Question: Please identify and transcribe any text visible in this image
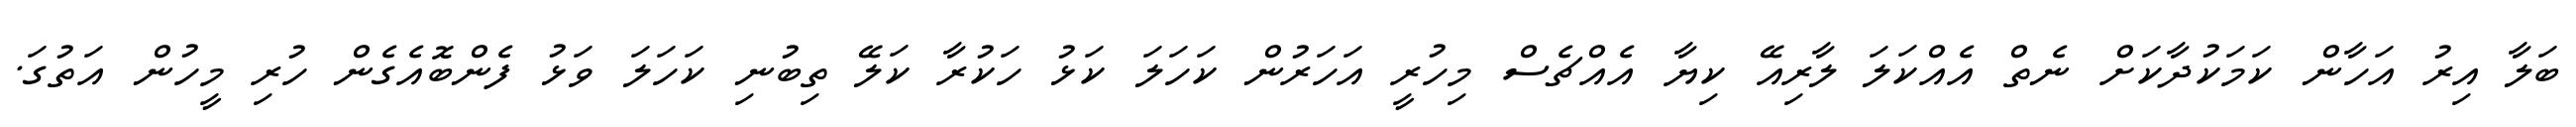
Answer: ބަލާ އިރު އަހާން ކަމަކުދާކަށް ނެތް އެއްކަލަ ލާރިއޭ ކިޔާ އެއްޗެސް މިހުރީ އަހަރުން ކަހަލަ ކަޅު ހަކުރާ ކަލޭ ތިބުނި ކަހަލަ ވަޅު ފެންބޮއެގެން ހުރި މީހުން އަތުގަ.